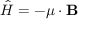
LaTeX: { \hat { H } } = - { \boldsymbol { \mu } } \cdot \mathbf { B }